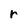
Character: r